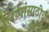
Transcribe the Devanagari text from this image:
लिप्यांसाठीची